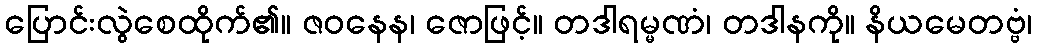
ပြောင်းလွဲစေထိုက်၏။ ဇဝနေန၊ ဇောဖြင့်။ တဒါရမ္မဏံ၊ တဒါနကို။ နိယမေတဗ္ဗံ၊